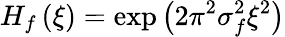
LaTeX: H_{f}\left(\xi\right)=\exp\left({2\pi^{2}\sigma_{f}^{2}\xi^{2}}\right)